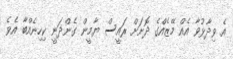
އެ ވިދާޅުވާ އެއް މޭޒެއްގެ ދޮށަށް ރައީސް ޔާމީން ގެންދަނީ ކިހިނެއްބާ އެވެ